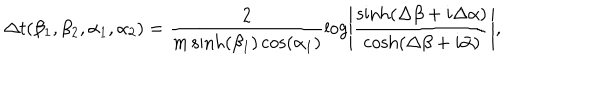
\Delta t ( \beta _ { 1 } , \beta _ { 2 } , \alpha _ { 1 } , \alpha _ { 2 } ) = \frac { 2 } { m \sinh ( \beta _ { 1 } ) \cos ( \alpha _ { 1 } ) } \log \left| \frac { \sinh \left( \Delta \beta + i \Delta \alpha \right) } { \cosh \left( \Delta \beta + i \bar { \alpha } \right) } \right| ,